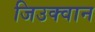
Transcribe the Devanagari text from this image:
जिउक्वान